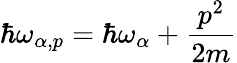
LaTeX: \hbar\omega_{\alpha,p}=\hbar\omega_{\alpha}+\frac{p^{2}}{2m}